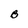
Character: B